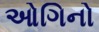
ઓગિનો